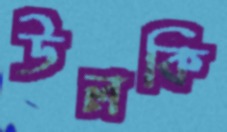
উলকি